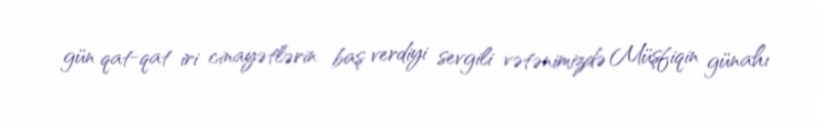
gün qat-qat iri cinayətlərin baş verdiyi sevgili vətənimizdə Müşfiqin günahı